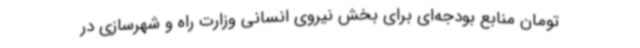
تومان منابع بودجه‌ای برای بخش نیروی انسانی وزارت راه و شهرسازی در